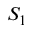
S _ { 1 }